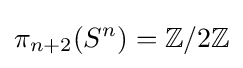
\pi _{n+2}(S^{n})=\mathbb {Z} /2\mathbb {Z}